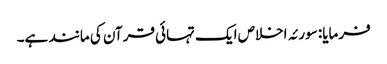
فرمایا: سورئہ اخلاص ایک تہائی قرآن کی مانند ہے۔